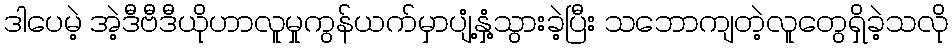
ဒါပေမဲ့ အဲ့ဒီဗီဒီယိုဟာလူမှုကွန်ယက်မှာပျံ့နှံ့သွားခဲ့ပြီး သဘောကျတဲ့လူတွေရှိခဲ့သလို